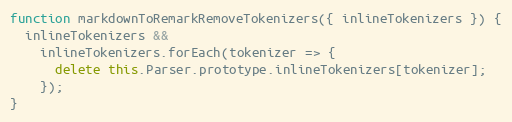
Language: JavaScript
function markdownToRemarkRemoveTokenizers({ inlineTokenizers }) {
  inlineTokenizers &&
    inlineTokenizers.forEach(tokenizer => {
      delete this.Parser.prototype.inlineTokenizers[tokenizer];
    });
}